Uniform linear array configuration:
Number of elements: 8
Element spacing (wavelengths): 1
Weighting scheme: hamming
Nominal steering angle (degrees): -60
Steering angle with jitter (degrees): -61.264
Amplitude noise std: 0.05
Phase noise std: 0.05

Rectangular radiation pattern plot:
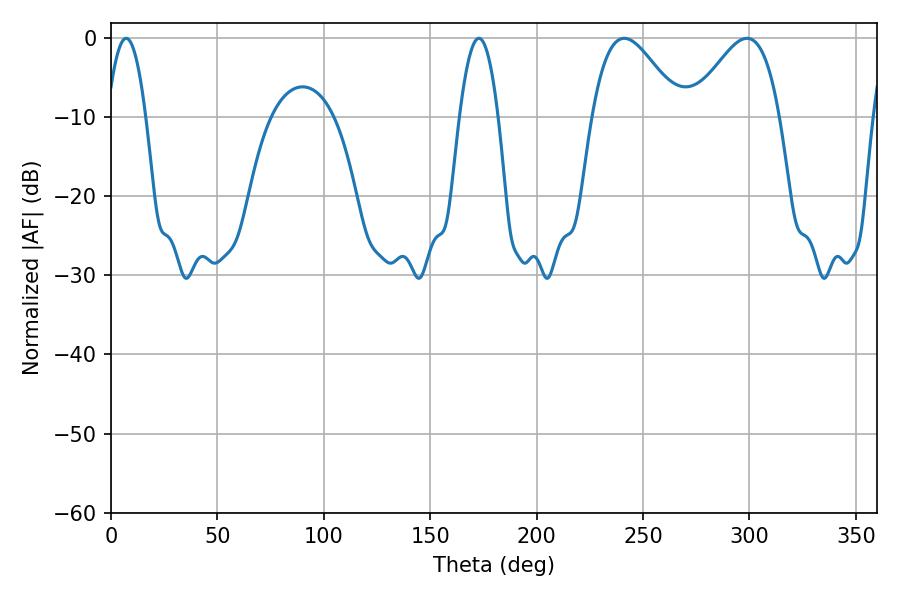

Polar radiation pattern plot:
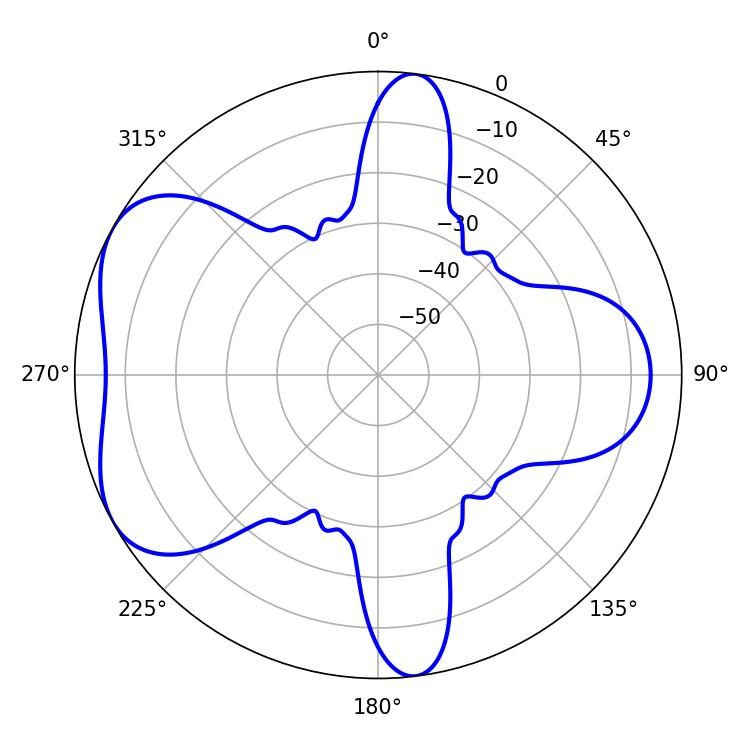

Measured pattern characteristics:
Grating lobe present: TRUE
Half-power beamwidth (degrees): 22.14
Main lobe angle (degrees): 241.2